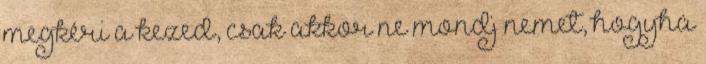
megkéri a kezed, csak akkor ne mondj nemet, hogyha